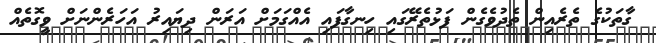
ގާތަކުގެ ތެރެއިން ތެދުވެގެން ފަޅުތެރޭގައި ހިނގާފައި އެއްގަމަށް އަރަން ދިޔައިރު އަހަރެންނަށް ވީގޮތެއް